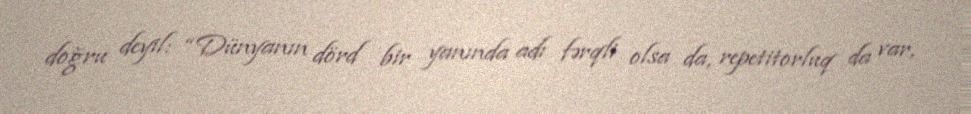
doğru deyil: “Dünyanın dörd bir yanında adı fərqli olsa da, repetitorluq da var,